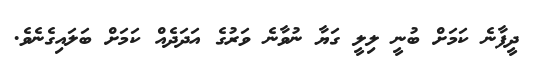
ދީފާނެ ކަމަށް ބުނީ ލިލީ ގަޔާ ނުވާނެ ވަރުގެ އަދަދެއް ކަމަށް ބަލައިގެނެވެ.